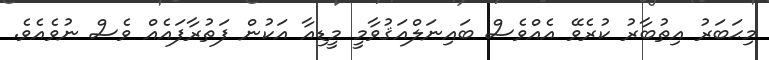
މިޙަބަރު އިތުބާރު ކުރެވޭ އެއްވެސް ބައިނަލްއަޤުވާމީ މީޑިއާ އަކުން ފަތުރާފައެއް ވެސް ނުވެއެވެ.